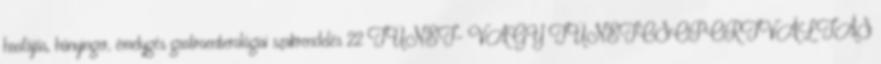
hasfájás, hányinger, émelygés gastroenterológiai szakrendelés 22 TÜNET- VAGY TÜNETCSOPORTVÁLTÁS